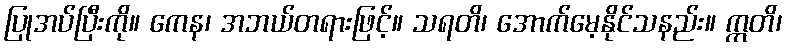
ပြုအပ်ပြီးကို။ ကေန၊ အဘယ်တရားဖြင့်။ သရတိ၊ အောက်မေ့နိုင်သနည်း။ ဣတိ၊